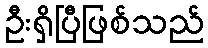
ဦးရှိပြီဖြစ်သည်